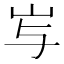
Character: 𱛇